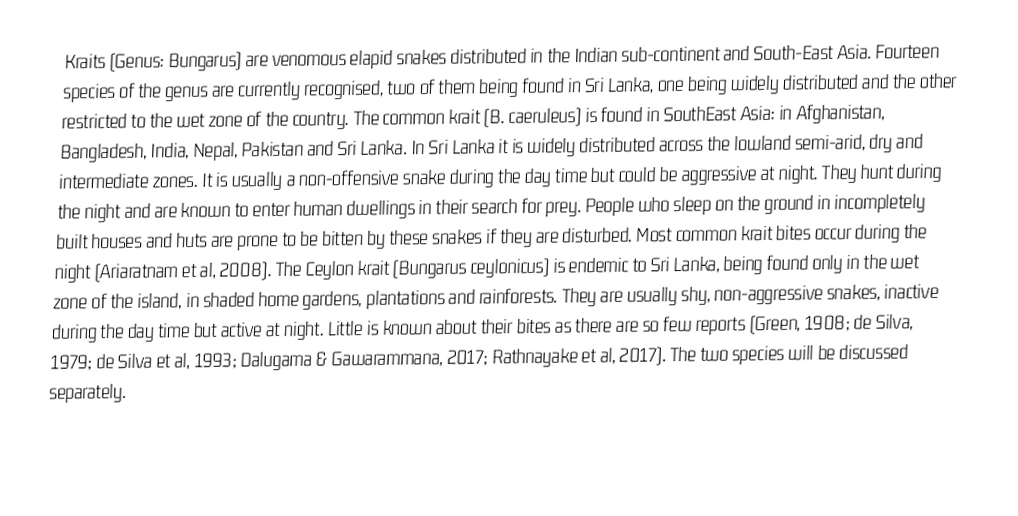
Kraits (Genus: Bungarus) are venomous elapid snakes distributed in the Indian sub-continent and South-East Asia. Fourteen species of the genus are currently recognised, two of them being found in Sri Lanka, one being widely distributed and the other restricted to the wet zone of the country.   The common krait (B. caeruleus) is found in SouthEast Asia: in Afghanistan, Bangladesh, India, Nepal, Pakistan and Sri Lanka. In Sri Lanka it is widely distributed across the lowland semi-arid, dry and intermediate zones. It is usually a non-offensive snake during the day time but could be aggressive at night. They hunt during the night and are known to enter human dwellings in their search for prey.  People who sleep on the ground in incompletely built houses and huts are prone to be bitten by these snakes if they are disturbed. Most common krait bites occur during the night (Ariaratnam et al, 2008).  The Ceylon krait (Bungarus ceylonicus) is endemic to Sri Lanka, being found only in the wet zone of the island, in shaded home gardens, plantations and rainforests. They are usually shy, non-aggressive snakes, inactive during the day time but active at night. Little is known about their bites as there are so few reports (Green, 1908; de Silva, 1979; de Silva et al, 1993; Dalugama & Gawarammana, 2017; Rathnayake et al, 2017). The two species will be discussed separately.